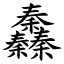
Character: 䆐